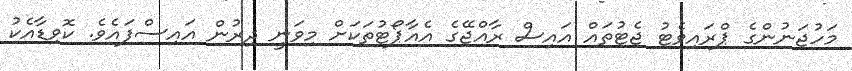
މަހުޖަނުންގެ ޕްރައިވެޓު ޖެޓުތައް އައިސް ރާއްޖޭގެ އެއާޕޯޓުތަކަށް މިވަނީ ދިރުން އައިސްފައެވެ. ކޮވިޑާއެކު